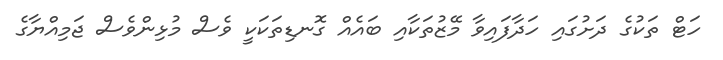
ހަޓް ތަކުގެ ދަށުގައި ހަދާފައިވާ މޭޒުތަކާއި ބައެއް ގޮނޑިތަކަކީ ވެސް މުޅިންވެސް ޖަމިއްޔާގެ